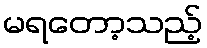
မရတော့သည့်